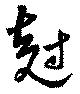
尅